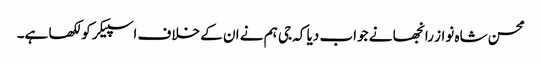
محسن شاہ نواز رانجھا نے جواب دیا کہ جی ہم نے ان کے خلاف اسپیکر کو لکھا ہے۔